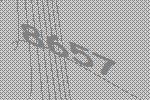
8657